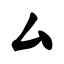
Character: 厶